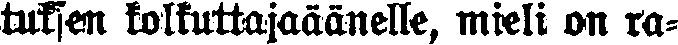
tuksen kolkuttajaäänelle, mieli on ra-